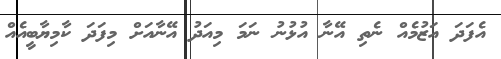
އެފަދަ އަޒުމެއް ނެތި އޭނާ އުޅުނު ނަމަ މިއަދު އޭނާއަށް މިފަދަ ކާމިޔާބީއެއް